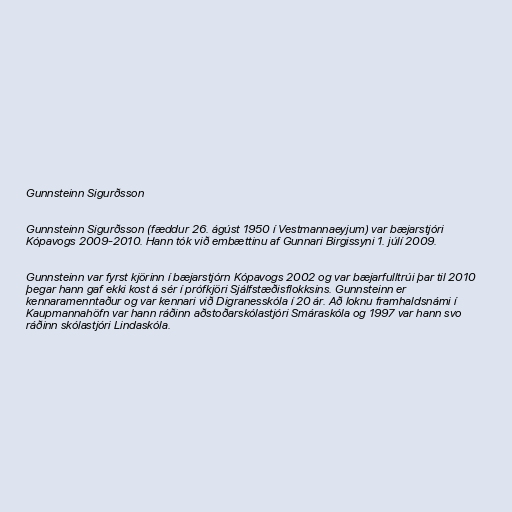
Gunnsteinn Sigurðsson

Gunnsteinn Sigurðsson (fæddur 26. ágúst 1950 í Vestmannaeyjum) var bæjarstjóri
Kópavogs 2009-2010. Hann tók við embættinu af Gunnari Birgissyni 1. júlí 2009.

Gunnsteinn var fyrst kjörinn í bæjarstjórn Kópavogs 2002 og var bæjarfulltrúi þar til 2010
þegar hann gaf ekki kost á sér í prófkjöri Sjálfstæðisflokksins. Gunnsteinn er
kennaramenntaður og var kennari við Digranesskóla í 20 ár. Að loknu framhaldsnámi í
Kaupmannahöfn var hann ráðinn aðstoðarskólastjóri Smáraskóla og 1997 var hann svo
ráðinn skólastjóri Lindaskóla.